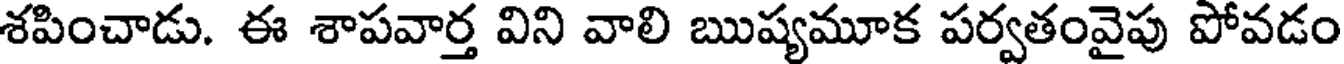
శపించాడు. ఈ శాపవార్త విని వాలి ఋష్యమూక పర్వతంవైపు పోవడం